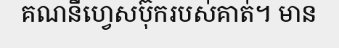
គណនីហ្វេសប៊ុករបស់គាត់។ មាន